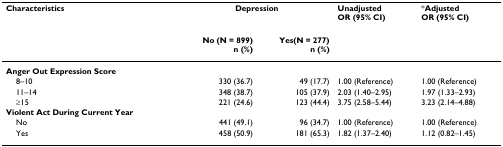
<table><thead><tr><td><b>Characteristics</b></td><td colspan="2"><b>Depression</b></td><td><b>UnadjustedOR (95% CI)</b></td><td><b>*AdjustedOR (95% CI)</b></td></tr><tr><td></td><td><b>No (N = 899)n (%)</b></td><td><b>Yes(N = 277)n (%)</b></td><td></td><td></td></tr></thead><tbody><tr><td><b>Anger Out Expression Score</b></td><td></td><td></td><td></td><td></td></tr><tr><td> 8–10</td><td>330 (36.7)</td><td>49 (17.7)</td><td>1.00 (Reference)</td><td>1.00 (Reference)</td></tr><tr><td> 11–14</td><td>348 (38.7)</td><td>105 (37.9)</td><td>2.03 (1.40–2.95)</td><td>1.97 (1.33–2.93)</td></tr><tr><td> ≥15</td><td>221 (24.6)</td><td>123 (44.4)</td><td>3.75 (2.58–5.44)</td><td>3.23 (2.14–4.88)</td></tr><tr><td><b>Violent Act During Current Year</b></td><td></td><td></td><td></td><td></td></tr><tr><td> No</td><td>441 (49.1)</td><td>96 (34.7)</td><td>1.00 (Reference)</td><td>1.00 (Reference)</td></tr><tr><td> Yes</td><td>458 (50.9)</td><td>181 (65.3)</td><td>1.82 (1.37–2.40)</td><td>1.12 (0.82–1.45)</td></tr></tbody></table>